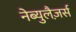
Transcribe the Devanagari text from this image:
नेब्युलैज़र्स